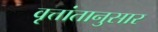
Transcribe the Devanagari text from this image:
वृत्तांतानुसार